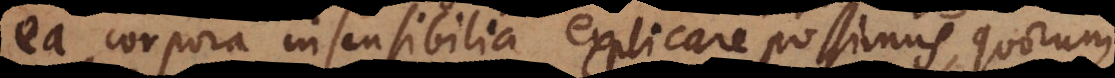
ea corpora insensibilia explicare possimus, quorum